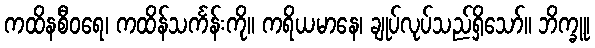
ကထိနစီဝရေ၊ ကထိန်သင်္ကန်းကို။ ကရိယမာနေ၊ ချုပ်လုပ်သည်ရှိသော်။ ဘိက္ခူ၊